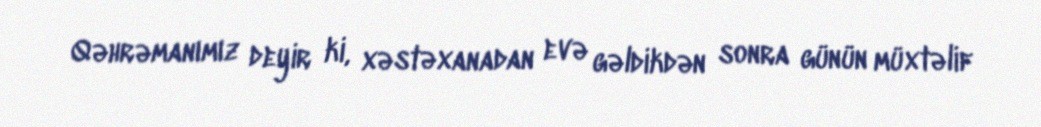
Qəhrəmanımız deyir ki, xəstəxanadan evə gəldikdən sonra günün müxtəlif